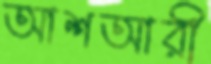
আশআরী